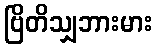
ဗြိတိသျှဘားမား